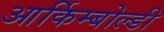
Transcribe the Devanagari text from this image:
आर्किम्बोल्डी